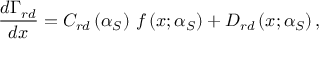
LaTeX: \frac { d \Gamma _ { r d } } { d x } = C _ { r d } \left( \alpha _ { S } \right) \, f \left( x ; \alpha _ { S } \right) + D _ { r d } \left( x ; \alpha _ { S } \right) ,